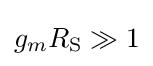
g_{m}R_{\text{S}}\gg 1